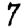
Digit: 7